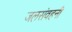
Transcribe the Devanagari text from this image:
जलसंवहनी